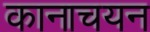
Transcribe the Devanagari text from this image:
कानाचयन